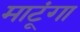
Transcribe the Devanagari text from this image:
माटूंगा